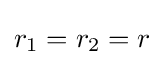
r_{1}=r_{2}=r